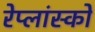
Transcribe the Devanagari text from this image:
रेप्लांस्को